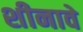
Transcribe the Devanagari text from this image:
शीनावे